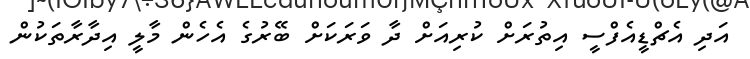
އަދި އެޗްޑީއެފްސީ އިތުރަށް ކުރިއަށް ދާ ވަރަކަށް ބޭރުގެ އެހެން މާލީ އިދާރާތަކުން